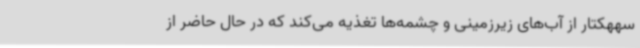
سههکتار از آب‌های زیرزمینی و چشمه‌ها تغذیه می‌کند که در حال حاضر از